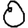
Digit: 0